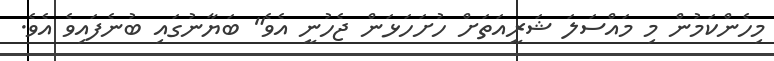
މިހެންކަމުން މި މައްސަލަ ޝަރީއަތަށް ހުށަހަޅަން ޖެހުނީ އެވެ" ބަޔާނުގައި ބުނެފައިވެ އެވެ.